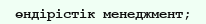
өндірістік менеджмент;